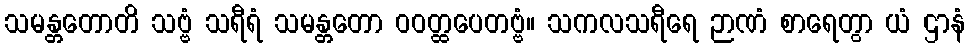
သမန္တတောတိ သဗ္ဗံ သရီရံ သမန္တတော ဝဝတ္ထပေတဗ္ဗံ။ သကလသရီရေ ဉာဏံ စာရေတွာ ယံ ဌာနံ